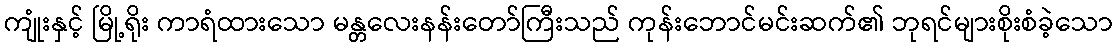
ကျုံးနှင့် မြို့ရိုး ကာရံထားသော မန္တလေးနန်းတော်ကြီးသည် ကုန်းဘောင်မင်းဆက်၏ ဘုရင်များစိုးစံခဲ့သော